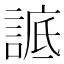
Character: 𧨱